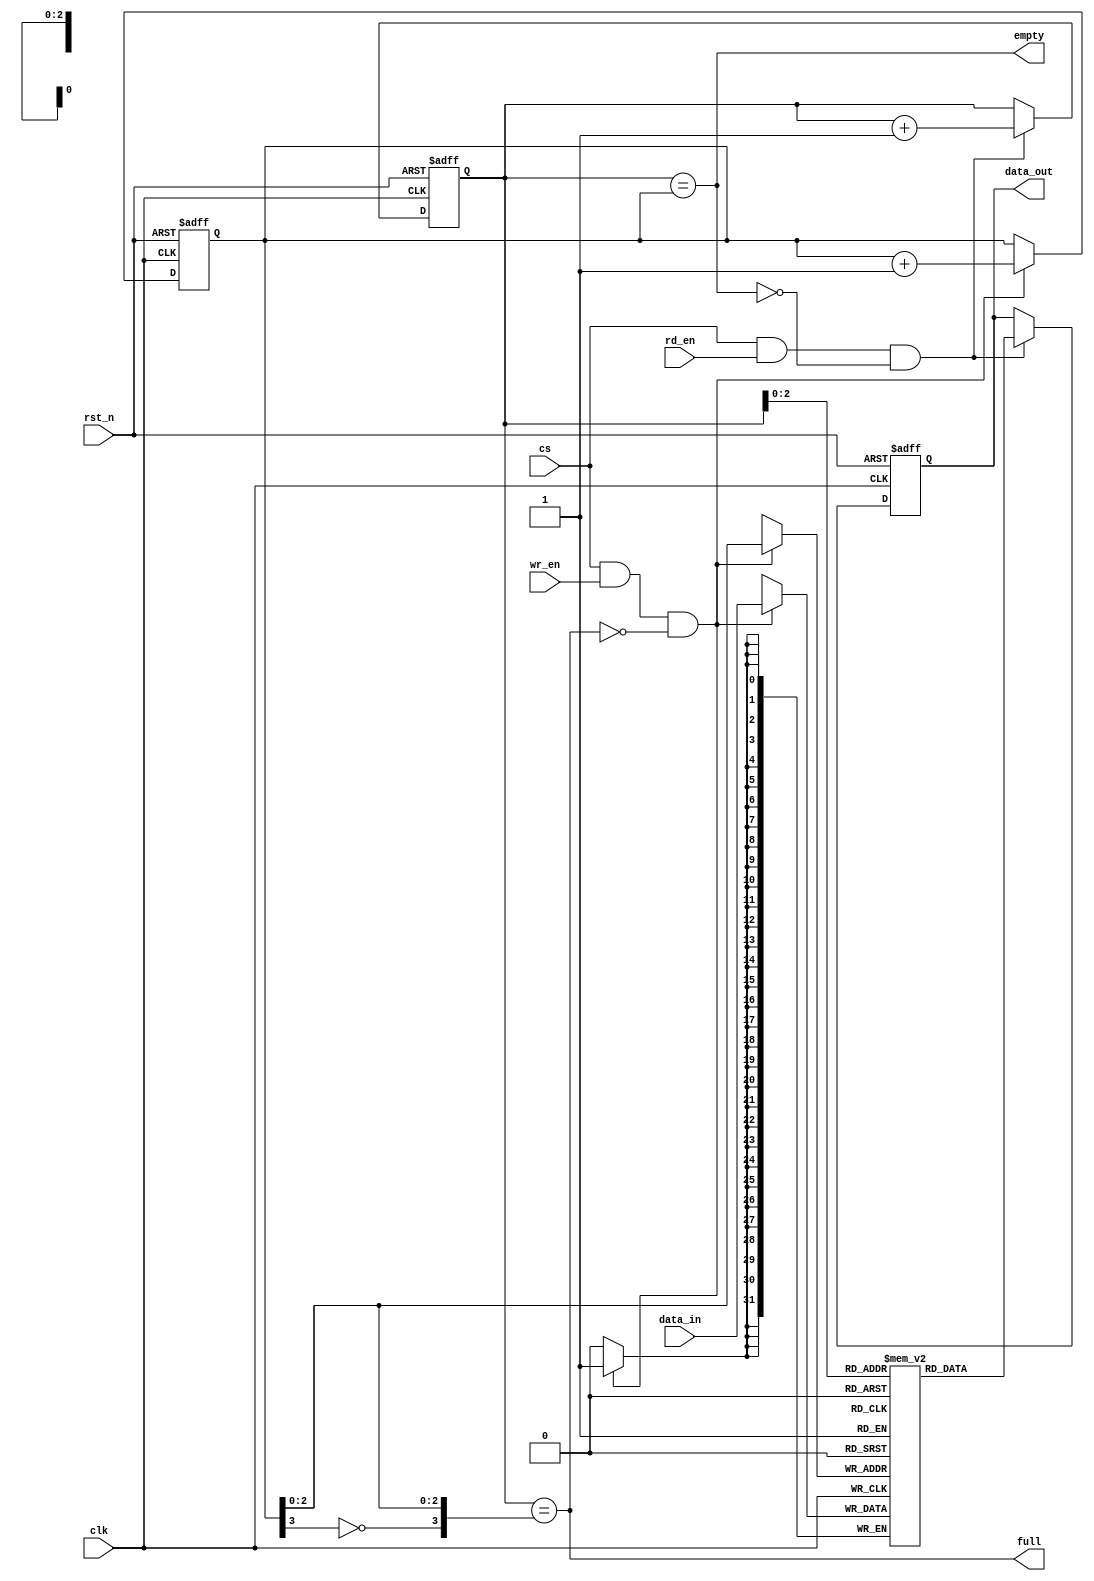
module fifo
    #( parameter FIFO_DEPTH = 8,
	   parameter DATA_WIDTH = 32)
	(input clk, 
     input rst_n,
     input cs,     // chip select	 
     input wr_en, 
     input rd_en, 
     input [DATA_WIDTH-1:0] data_in, 
     output reg [DATA_WIDTH-1:0] data_out, 
	 output empty,
	 output full); 
    localparam FIFO_DEPTH_LOG = $clog2(FIFO_DEPTH);
	reg [DATA_WIDTH-1:0] fifo [0:FIFO_DEPTH-1];
	reg [FIFO_DEPTH_LOG:0] write_pointer;
	reg [FIFO_DEPTH_LOG:0] read_pointer;
    always @(posedge clk or negedge rst_n) begin
	    if(!rst_n)
		    write_pointer <= 0;
		else if (cs && wr_en && !full)
	        write_pointer <= write_pointer + 1'b1;
	end
	always @(posedge clk or negedge rst_n) begin
	    if(!rst_n)
		    read_pointer <= 0;
		else if (cs && rd_en && !empty)
	        read_pointer <= read_pointer + 1'b1;
	end
    assign empty = (read_pointer == write_pointer);
	assign full  = (read_pointer == {~write_pointer[FIFO_DEPTH_LOG], write_pointer[FIFO_DEPTH_LOG-1:0]});

    always @(posedge clk) begin
	    if (cs && wr_en && !full)
	        fifo[write_pointer[FIFO_DEPTH_LOG-1:0]] <= data_in;
	end
	
	always @(posedge clk or negedge rst_n) begin
	    if (!rst_n)
		    data_out <= 0;
		else if (cs && rd_en && !empty)
	        data_out <= fifo[read_pointer[FIFO_DEPTH_LOG-1:0]];
	end

endmodule